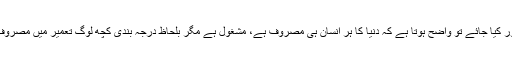
ذرا سا انسانی مصروفیات پر غور کیا جائے تو واضح ہوتا ہے کہ دنیا کا ہر انسان ہی مصروف ہے، مشغول ہے مگر بلحاظ درجہ بندی کچھ لوگ تعمیر میں مصروف رہتے ہیں تو کچھ تخریب میں۔